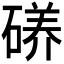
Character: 𱴠